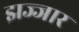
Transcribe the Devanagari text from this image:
झज्जार